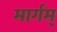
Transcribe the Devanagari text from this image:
मार्गम्‌